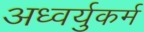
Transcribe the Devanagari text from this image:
अध्वर्युकर्म